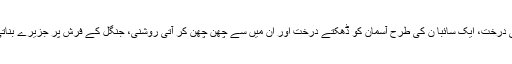
درخت ہی درخت، ایک سائبا ن کی طرح آسمان کو ڈھکتے درخت اور ان میں سے چھن چھن کر آتی روشنی، جنگل کے فرش پر جزیرے بناتی روشنی۔